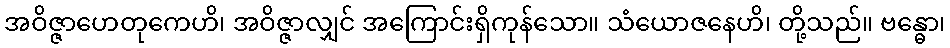
အဝိဇ္ဇာဟေတုကေဟိ၊ အဝိဇ္ဇာလျှင် အကြောင်းရှိကုန်သော။ သံယောဇနေဟိ၊ တို့သည်။ ဗန္ဓော၊